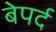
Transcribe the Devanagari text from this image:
बेपर्द